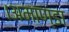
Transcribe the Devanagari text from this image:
।अमाण्डा